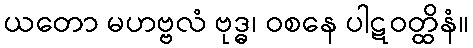
ယတော မဟဗ္ဗလံ ဗုဒ္ဓ၊ ဝစနေ ပါဋဝတ္ထိနံ။